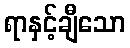
ရာနှင့်ချီသော